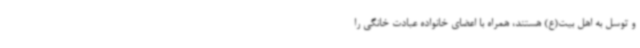
و توسل به اهل بیت(ع) هستند، همراه با اعضای خانواده عبادت خانگی را